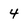
Character: 4